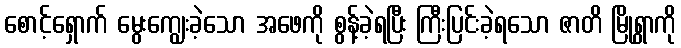
စောင့်ရှောက် မွေးကျွေးခဲ့သော အဖေကို စွန့်ခဲ့ရပြီး ကြီးပြင်းခဲ့ရသော ဇာတိ မြို့ရွာကို